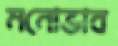
মনোভাব